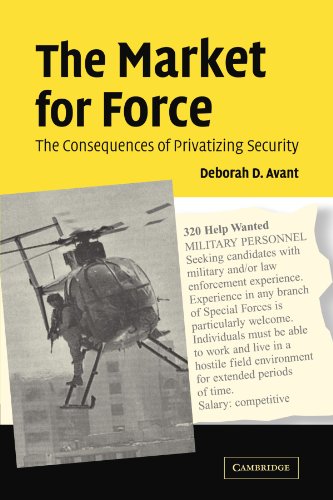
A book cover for The Market for Force: The Consequences of Privatizing Security; Deborah D. Avant; Business & Money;